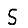
Digit: 5